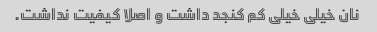
نان خیلی خیلی کم کنجد داشت و اصلا کیفیت نداشت.